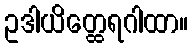
ဥဒါယိတ္ထေရဂါထာ။